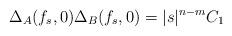
LaTeX: \begin{align*}\Delta_A (f_s,0) \Delta_B (f_s,0) = |s|^{n-m} C_1\end{align*}